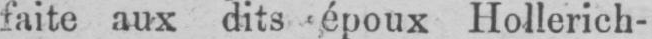
faite aux dits époux Hollerich-